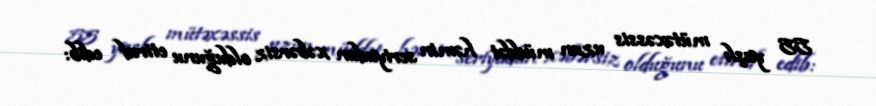
55 yaşlı mütəxəssis uzun müddət həmin seriyadan xəbərsiz olduğunu etiraf edib: